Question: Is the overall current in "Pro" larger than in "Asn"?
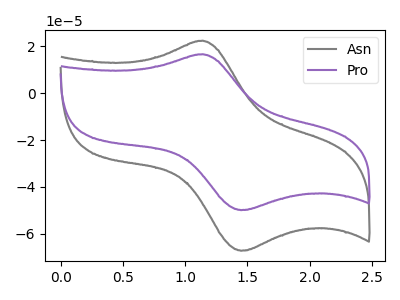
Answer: <think>The gray curve "Asn" has an anodic peak at (1.15V, 22.45uA) and a cathodic peak at (1.45V, -67.35uA). The purple curve "Pro" has an anodic peak at (1.15V, 16.70uA) and a cathodic peak at (1.45V, -49.95uA).
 All the peaks in "Pro" have a peak in "Asn" at the same potential. Every peak in "Pro" is lower than every peak in "Asn".</think>
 <answer>"Pro" has less signal than "Asn".</answer>
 <eval>less_signal</eval>